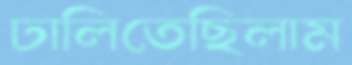
ঢালিতেছিলাম